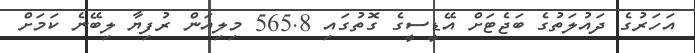
އަހަރުގެ ދައުލަތުގެ ބަޖެޓަށް އޭޑީސީގެ ގޮތުގައި 565.8 މިލިއަން ރުފިޔާ ލިބޭނެ ކަމަށް